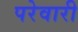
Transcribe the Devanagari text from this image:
परेवारी